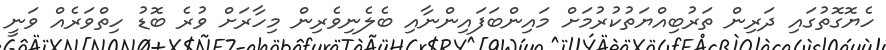
ހެޔޮގޮތުގައި ދަރިން ތަރުބިއްޔަތުކުރުމަށް މައިންބަފައިންނާއި ބެލެނިވެރިން މިހާރަށް ވުރެ ބޮޑު ހިތްވަރެއް ވަނީ